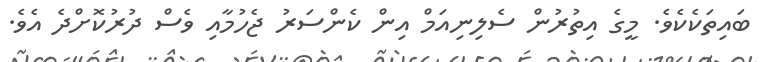
ބައިތަކެކެވެ. މީގެ އިތުރުން ސެލިނިއަމް އިން ކެންސަރު ޖެހުމާއި ވެސް ދުރުކޮށްދެ އެވެ.